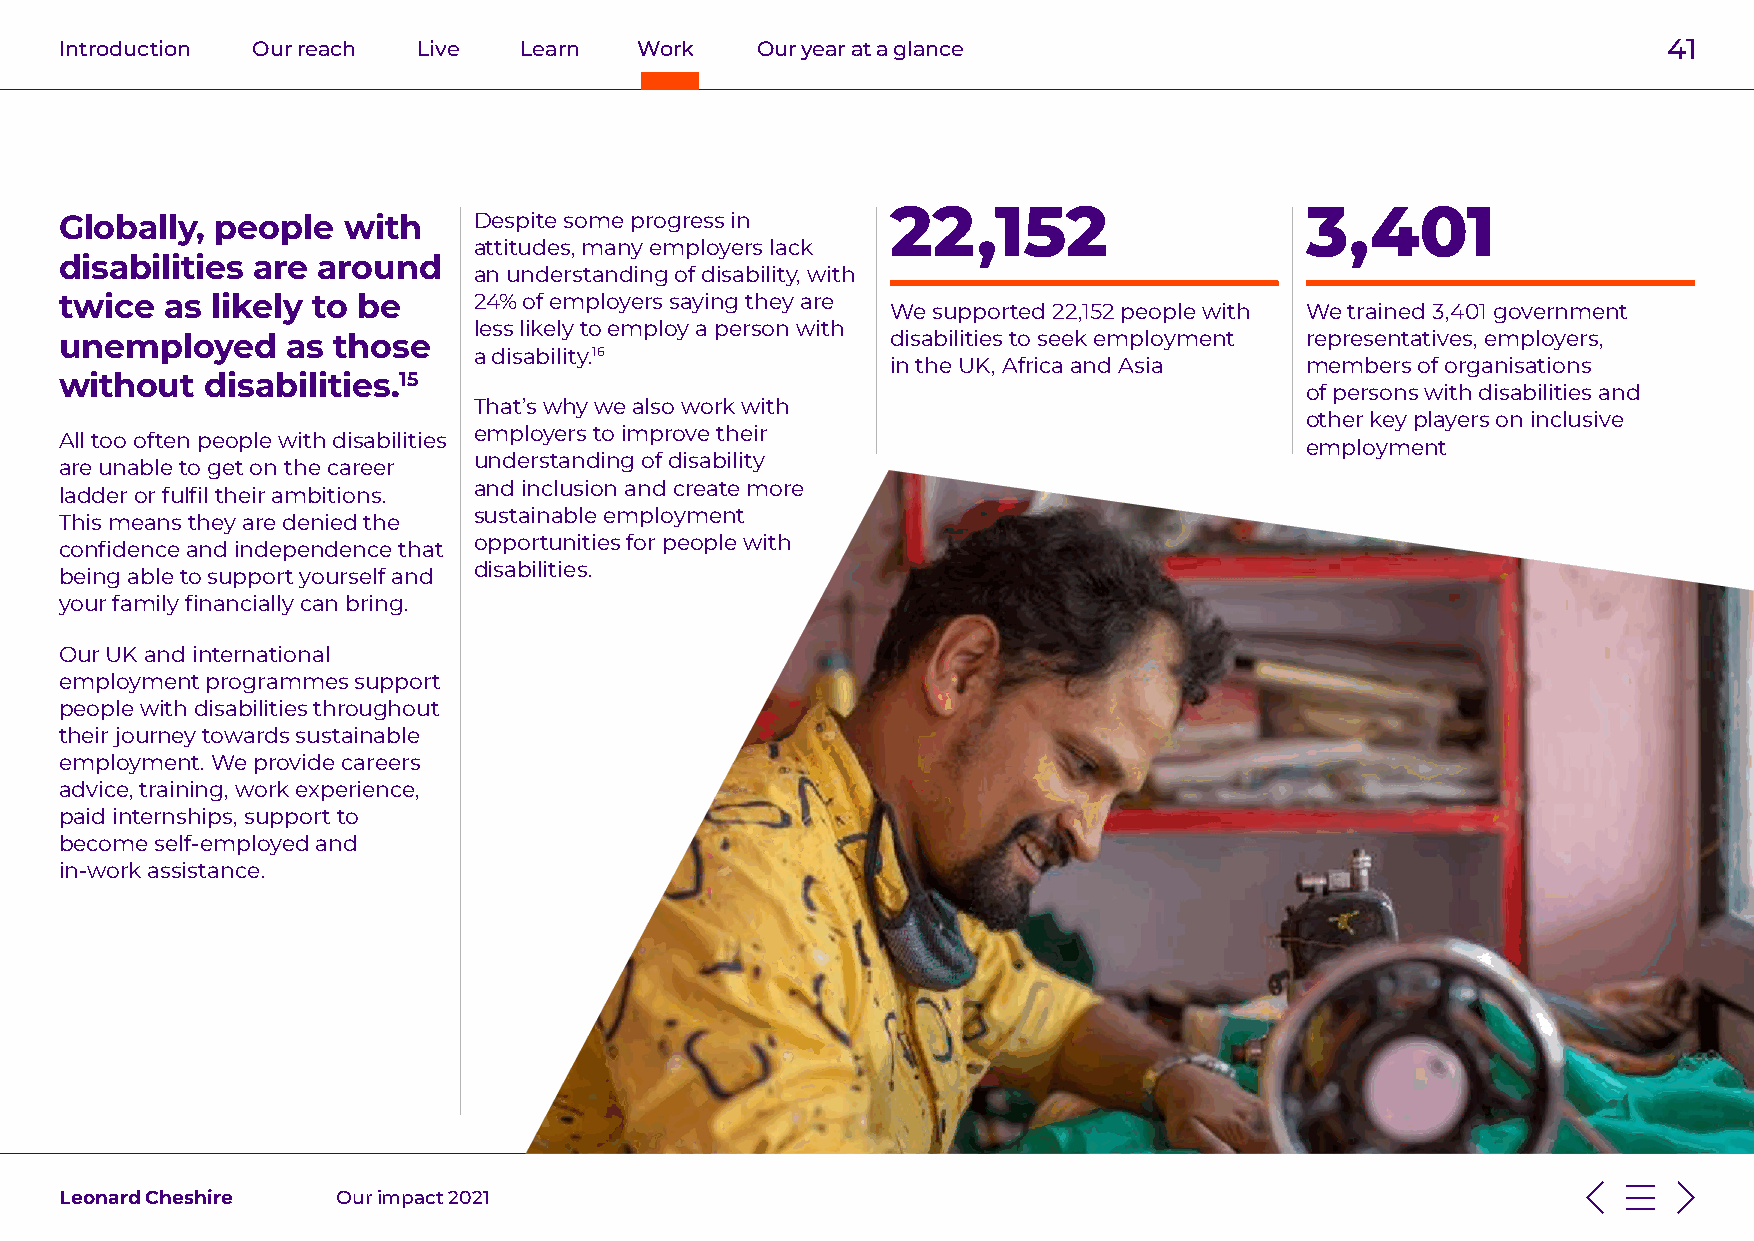
Introduction Our reach  Live  Learn   Work    Our year at a glance                                        41
 22,152                     3,401
 Globally, people   with    Despite some progress in
 attitudes, many employers lack
 disabilities are around
 an understanding of disability, with
 twice  as likely to be     24% of employers saying they are
 We supported 22,152 people with We trained 3,401 government
 less likely to employ a person with
 unemployed     as those                                disabilities to seek employment representatives, employers,
 a disability.16
 in the UK, Africa and Asia members of organisations
 without   disabilities.15
 of persons with disabilities and
 That’s why we also work with
 other key players on inclusive
 employers to improve their
 All too often people with disabilities                                            employment
 understanding of disability
 are unable to get on the career
 and inclusion and create more
 ladder or fulfil their ambitions.
 sustainable employment
 This means they are denied the
 opportunities for people with
 confidence and independence that
 disabilities.
 being able to support yourself and
 your family financially can bring.
 Our UK and international
 employment programmes support
 people with disabilities throughout
 their journey towards sustainable
 employment. We provide careers
 advice, training, work experience,
 paid internships, support to
 become self-employed and
 in-work assistance.
 Leonard Cheshire  Our impact 2021